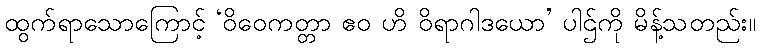
ထွက်ရာသောကြောင့် ‘ဝိဝေကတ္တာ ဧဝ ဟိ ဝိရာဂါဒယော’ ပါဌ်ကို မိန့်သတည်း။